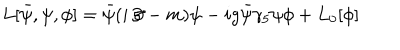
L [ \bar { \psi } , \psi , \phi ] = \bar { \psi } ( i \! \not \! \partial - m ) \psi - i g \bar { \psi } \gamma _ { 5 } \psi \phi + L _ { 0 } [ \phi ]